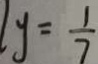
l y = \frac { 1 } { 7 }